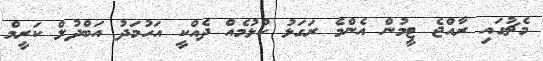
މެޗުގައި ރާއްޖެ ޓީމުން އެންމެ ރަގަޅު ކުޅުމެއް ދެއްކީ އަހުމަދު އަބްދުލް ކަރީމް